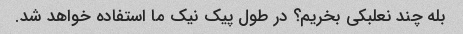
بله چند نعلبکی بخریم؟ در طول پیک نیک ما استفاده خواهد شد.